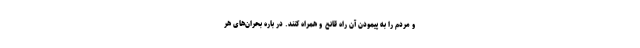
و مردم را به پیمودن آن راه قانع و همراه کنند. در باره بحران‌های هر